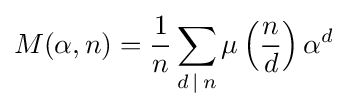
M(\alpha ,n)={1 \over n}\sum _{d\,|\,n}\mu \left({n \over d}\right)\alpha ^{d}